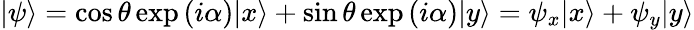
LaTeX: |\psi\rangle=\cos\theta\exp\left(i\alpha\right)|x\rangle+\sin\theta\exp\left(i\alpha\right)|y\rangle=\psi_{x}|x\rangle+\psi_{y}|y\rangle